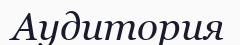
Аудитория